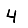
Digit: 4